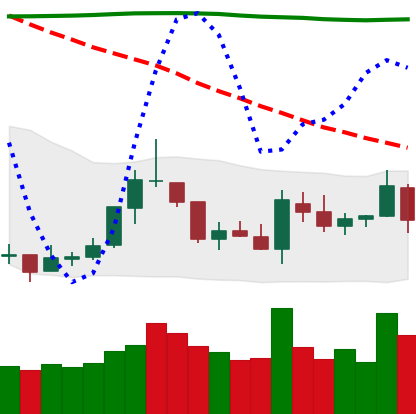
Ticker: TRX-USD
Chart end date: 2018-07-30
Forward return: -20.63%
Label: down_7plus